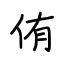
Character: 侑